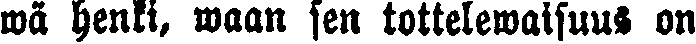
wä henki, waan sen tottelewaisuus on